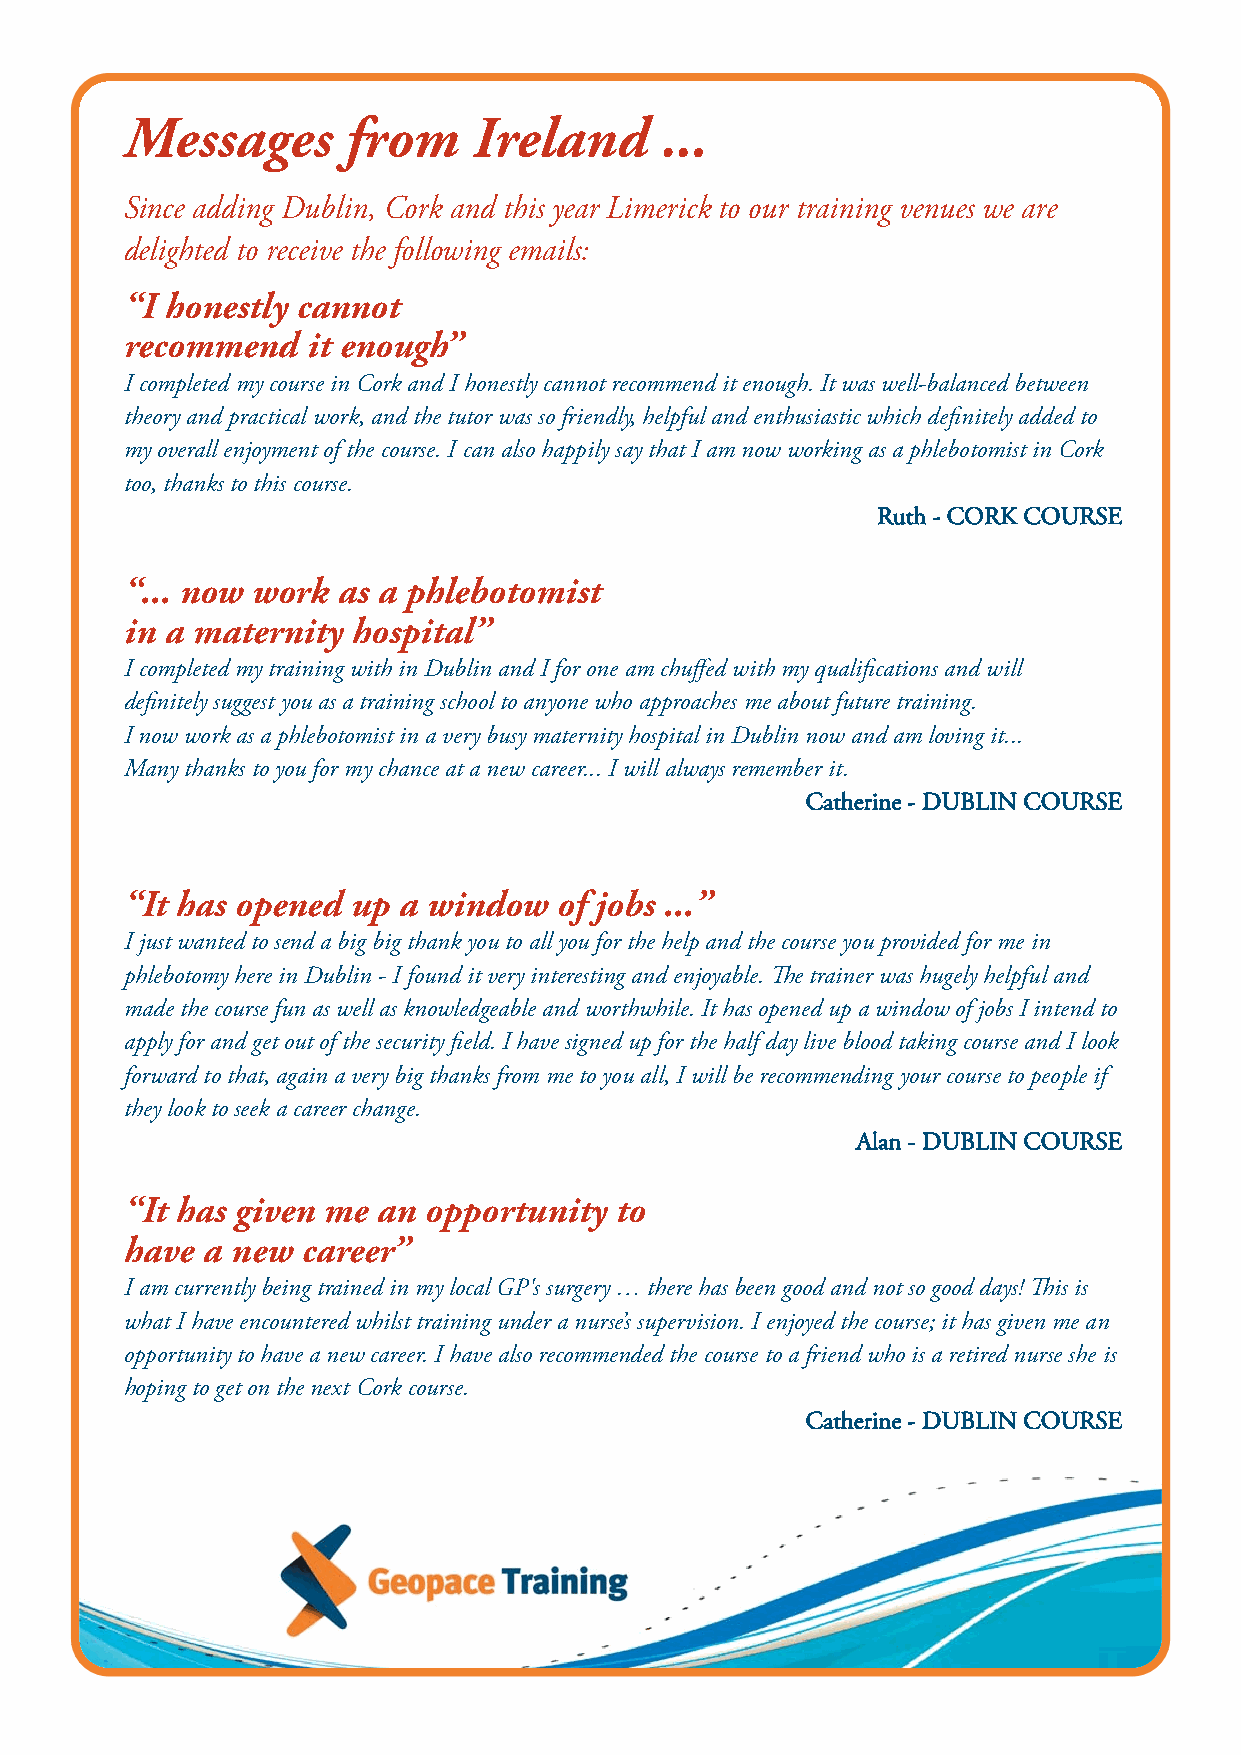
Messages       from    Ireland      ...
 Since adding Dublin, Cork and this year Limerick to our training venues we are
 delighted to receive the following emails:
 “I honestly cannot
 recommend   it enough”
 I completed my course in Cork and I honestly cannot recommend it enough. It was well-balanced between
 theory and practical work, and the tutor was so friendly, helpful and enthusiastic which definitely added to
 my overall enjoyment of the course. I can also happily say that I am now working as a phlebotomist in Cork
 too, thanks to this course.
 Ruth - CORK COURSE
 “... now work as a phlebotomist
 in a maternity hospital”
 I completed my training with in Dublin and I for one am chuffed with my qualifications and will
 definitely suggest you as a training school to anyone who approaches me about future training.
 I now work as a phlebotomist in a very busy maternity hospital in Dublin now and am loving it...
 Many thanks to you for my chance at a new career... I will always remember it.
 Catherine - DUBLIN COURSE
 “It has opened up a window   of jobs ...”
 I just wanted to send a big big thank you to all you for the help and the course you provided for me in
 phlebotomy here in Dublin - I found it very interesting and enjoyable. The trainer was hugely helpful and
 made the course fun as well as knowledgeable and worthwhile. It has opened up a window of jobs I intend to
 apply for and get out of the security field. I have signed up for the half day live blood taking course and I look
 forward to that, again a very big thanks from me to you all, I will be recommending your course to people if
 they look to seek a career change.
 Alan - DUBLIN COURSE
 “It has given me an opportunity  to
 have a new  career”
 I am currently being trained in my local GP's surgery … there has been good and not so good days! This is
 what I have encountered whilst training under a nurse’s supervision. I enjoyed the course; it has given me an
 opportunity to have a new career. I have also recommended the course to a friend who is a retired nurse she is
 hoping to get on the next Cork course.
 Catherine - DUBLIN COURSE